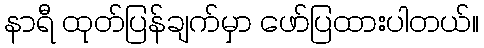
နာရီ ထုတ်ပြန်ချက်မှာ ဖော်ပြထားပါတယ်။